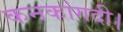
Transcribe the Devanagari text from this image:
कनकांगदी।